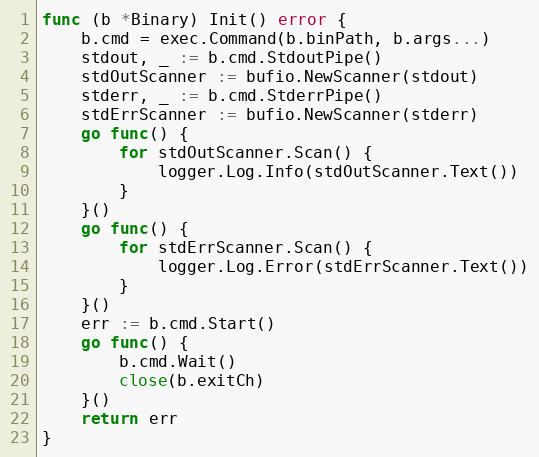
Language: Go
func (b *Binary) Init() error {
	b.cmd = exec.Command(b.binPath, b.args...)
	stdout, _ := b.cmd.StdoutPipe()
	stdOutScanner := bufio.NewScanner(stdout)
	stderr, _ := b.cmd.StderrPipe()
	stdErrScanner := bufio.NewScanner(stderr)
	go func() {
		for stdOutScanner.Scan() {
			logger.Log.Info(stdOutScanner.Text())
		}
	}()
	go func() {
		for stdErrScanner.Scan() {
			logger.Log.Error(stdErrScanner.Text())
		}
	}()
	err := b.cmd.Start()
	go func() {
		b.cmd.Wait()
		close(b.exitCh)
	}()
	return err
}